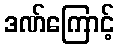
ဒဏ်ကြောင့်